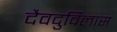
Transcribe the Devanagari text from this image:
दैवदुर्विलास